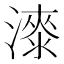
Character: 𣾰